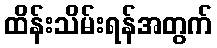
ထိန်းသိမ်းရန်အတွက်